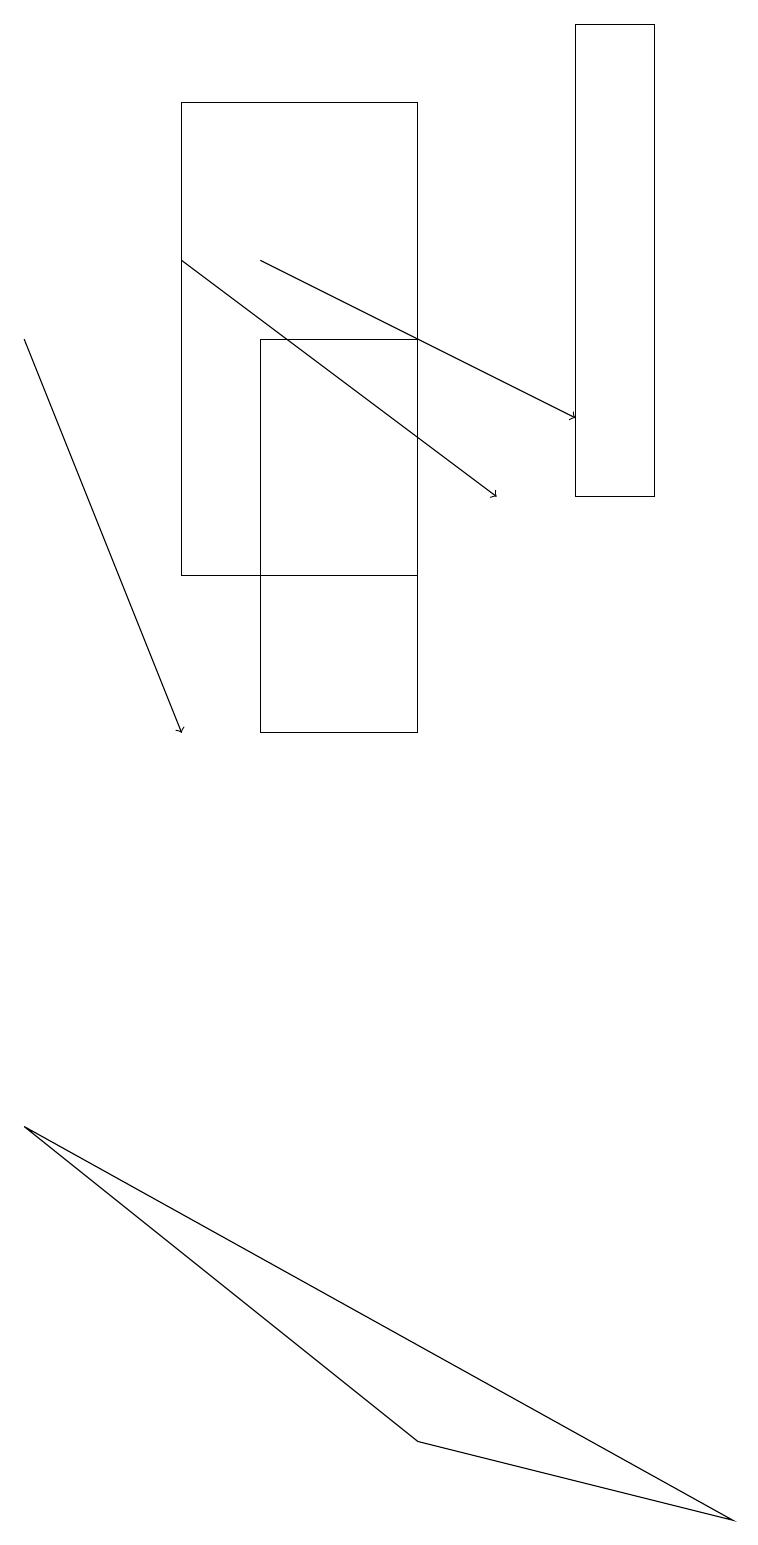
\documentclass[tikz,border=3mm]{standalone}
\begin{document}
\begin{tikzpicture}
\draw (7,19) rectangle (8,13);
\draw (9,0) -- (0,5) -- (5,1) -- cycle;
\draw (2,18) rectangle (5,12);
\draw[->] (3,16) -- (7,14);
\draw[->] (0,15) -- (2,10);
\draw[->] (2,16) -- (6,13);
\draw (3,10) rectangle (5,15);
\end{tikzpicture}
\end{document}